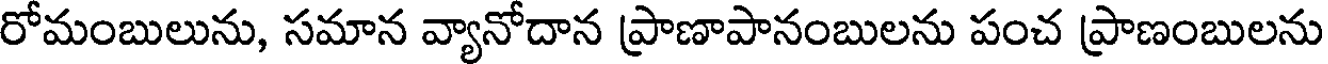
రోమంబులును, సమాన వ్యానోదాన ప్రాణాపానంబులను పంచ ప్రాణంబులను